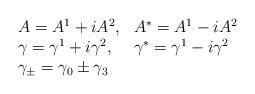
LaTeX: \begin{align*}\begin{array}{ll} A = A^1 + iA^2, & A^* = A^1 - i A^2 \\ \gamma = \gamma^1 + i\gamma^2, & \gamma^* = \gamma^1 - i \gamma^2 \\ \gamma_\pm = \gamma_0 \pm \gamma_3 & \end{array}\end{align*}